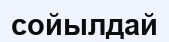
сойылдай